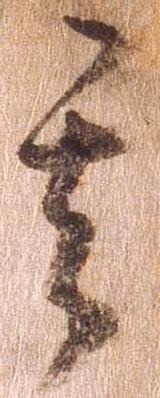
其